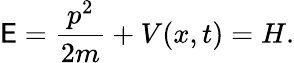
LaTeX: \mathsf{E}={\frac{{p^{2}}}{{2m}}}+V(x,t)=H.